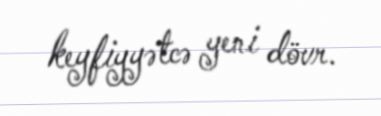
keyfiyyətcə yeni dövr.